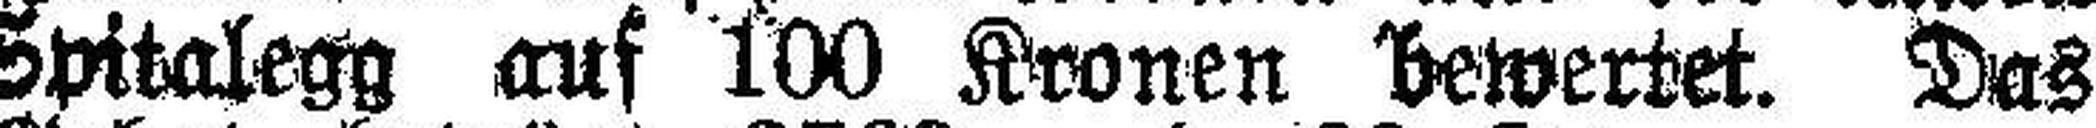
an der Spitalegg auf 100 Kronen bewertet. Das